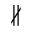
\nparallel